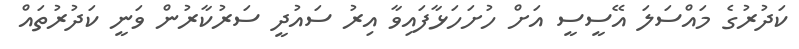
ކަދުރުގެ މައްސަލަ އޭސީސީ އަށް ހުށަހަޅާފައިވާ އިރު ސައުދީ ސަރުކާރުން ވަނީ ކަދުރުތައް